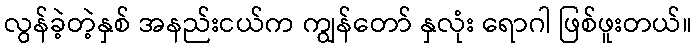
လွန်ခဲ့တဲ့နှစ် အနည်းငယ်က ကျွန်တော် နှလုံး ရောဂါ ဖြစ်ဖူးတယ်။